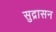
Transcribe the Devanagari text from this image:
सुद्रासन